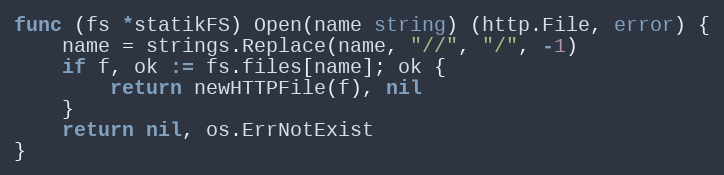
Language: Go
func (fs *statikFS) Open(name string) (http.File, error) {
	name = strings.Replace(name, "//", "/", -1)
	if f, ok := fs.files[name]; ok {
		return newHTTPFile(f), nil
	}
	return nil, os.ErrNotExist
}